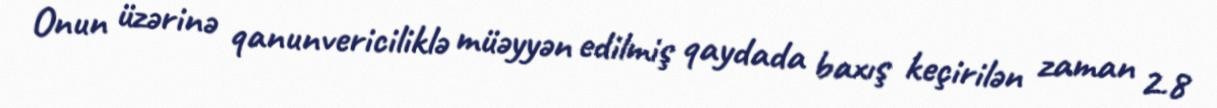
Onun üzərinə qanunvericiliklə müəyyən edilmiş qaydada baxış keçirilən zaman 2.8